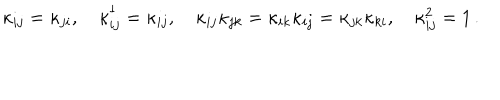
LaTeX: \kappa _ { i j } = \kappa _ { j i } , \quad \kappa _ { i j } ^ { \dagger } = \kappa _ { i j } , \quad \kappa _ { i j } \kappa _ { j k } = \kappa _ { i k } \kappa _ { i j } = \kappa _ { j k } \kappa _ { k i } , \quad \kappa _ { i j } ^ { 2 } = 1 \, .